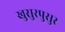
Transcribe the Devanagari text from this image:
खुसुरपुसुर